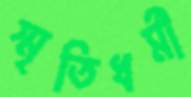
স্মৃতিধর্মী